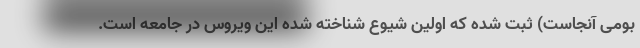
بومی آنجاست) ثبت شده که اولین شیوع شناخته شده این ویروس در جامعه است.